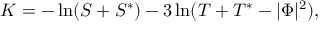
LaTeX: K = - \ln ( S + S ^ { * } ) - 3 \ln ( T + T ^ { * } - | \Phi | ^ { 2 } ) ,